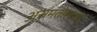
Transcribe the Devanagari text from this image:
असमतोलाचा